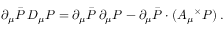
\partial _ { \mu } \bar { P } \, D _ { \mu } P = \partial _ { \mu } \bar { P } \, \partial _ { \mu } P - \partial _ { \mu } \bar { P } \cdot ( A _ { \mu } \, ^ { \! \times } P ) \, .